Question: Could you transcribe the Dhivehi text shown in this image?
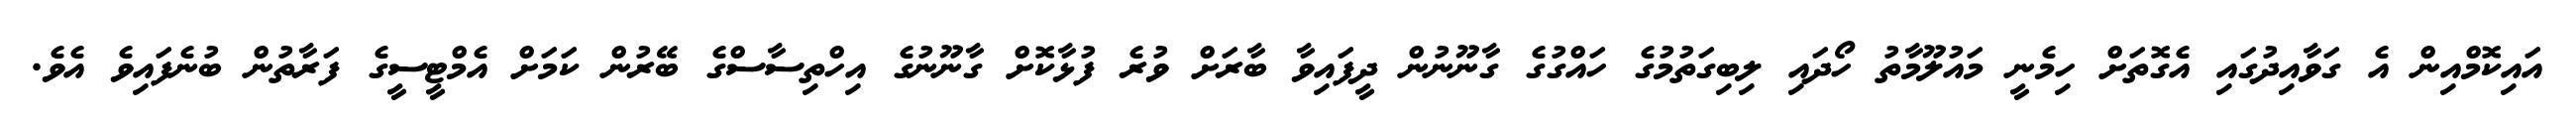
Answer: އައިކޮމްއިން އެ ގަވާއިދުގައި އެގޮތަށް ހިމެނީ މައުލޫމާތު ހޯދައި ލިބިގަތުމުގެ ހައްގުގެ ގާނޫނުން ދީފައިވާ ބާރަށް ވުރެ ފުޅާކޮށް ގާނޫނުގެ އިހްތިސާސްގެ ބޭރުން ކަމަށް އެމްޓީސީގެ ފަރާތުން ބުނެފައިވެ އެވެ.